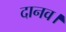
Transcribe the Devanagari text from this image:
दानव।